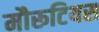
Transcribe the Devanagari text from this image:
मौरूटियस